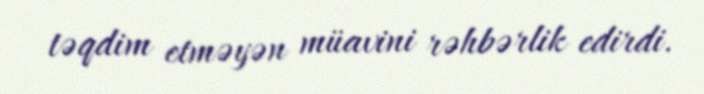
təqdim etməyən müavini rəhbərlik edirdi.